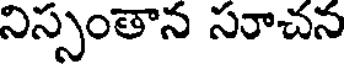
నిస్సంతాన సరాచన